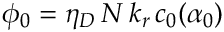
\phi _ { 0 } = \eta _ { D } \, N \, k _ { r } \, c _ { 0 } ( \alpha _ { 0 } )